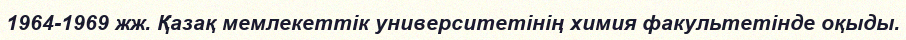
1964-1969 жж. Қазақ мемлекеттік университетінің химия факультетінде оқыды.